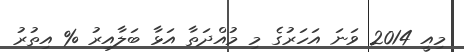
މިއީ 2014 ވަނަ އަހަރުގެ މި މުއްދަތާ އަޅާ ބަލާއިރު % އިތުރު